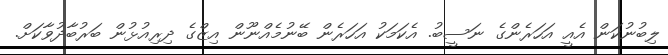
ލިބުނުކަން އެއީ އަހަރެންގެ ނަސީބު. އެކަމަކު އަހަރެން ބޭނުމެއްނޫން އިޒްގެ ދިރިއުޅުން ބަރުބާދުވާކަށް.